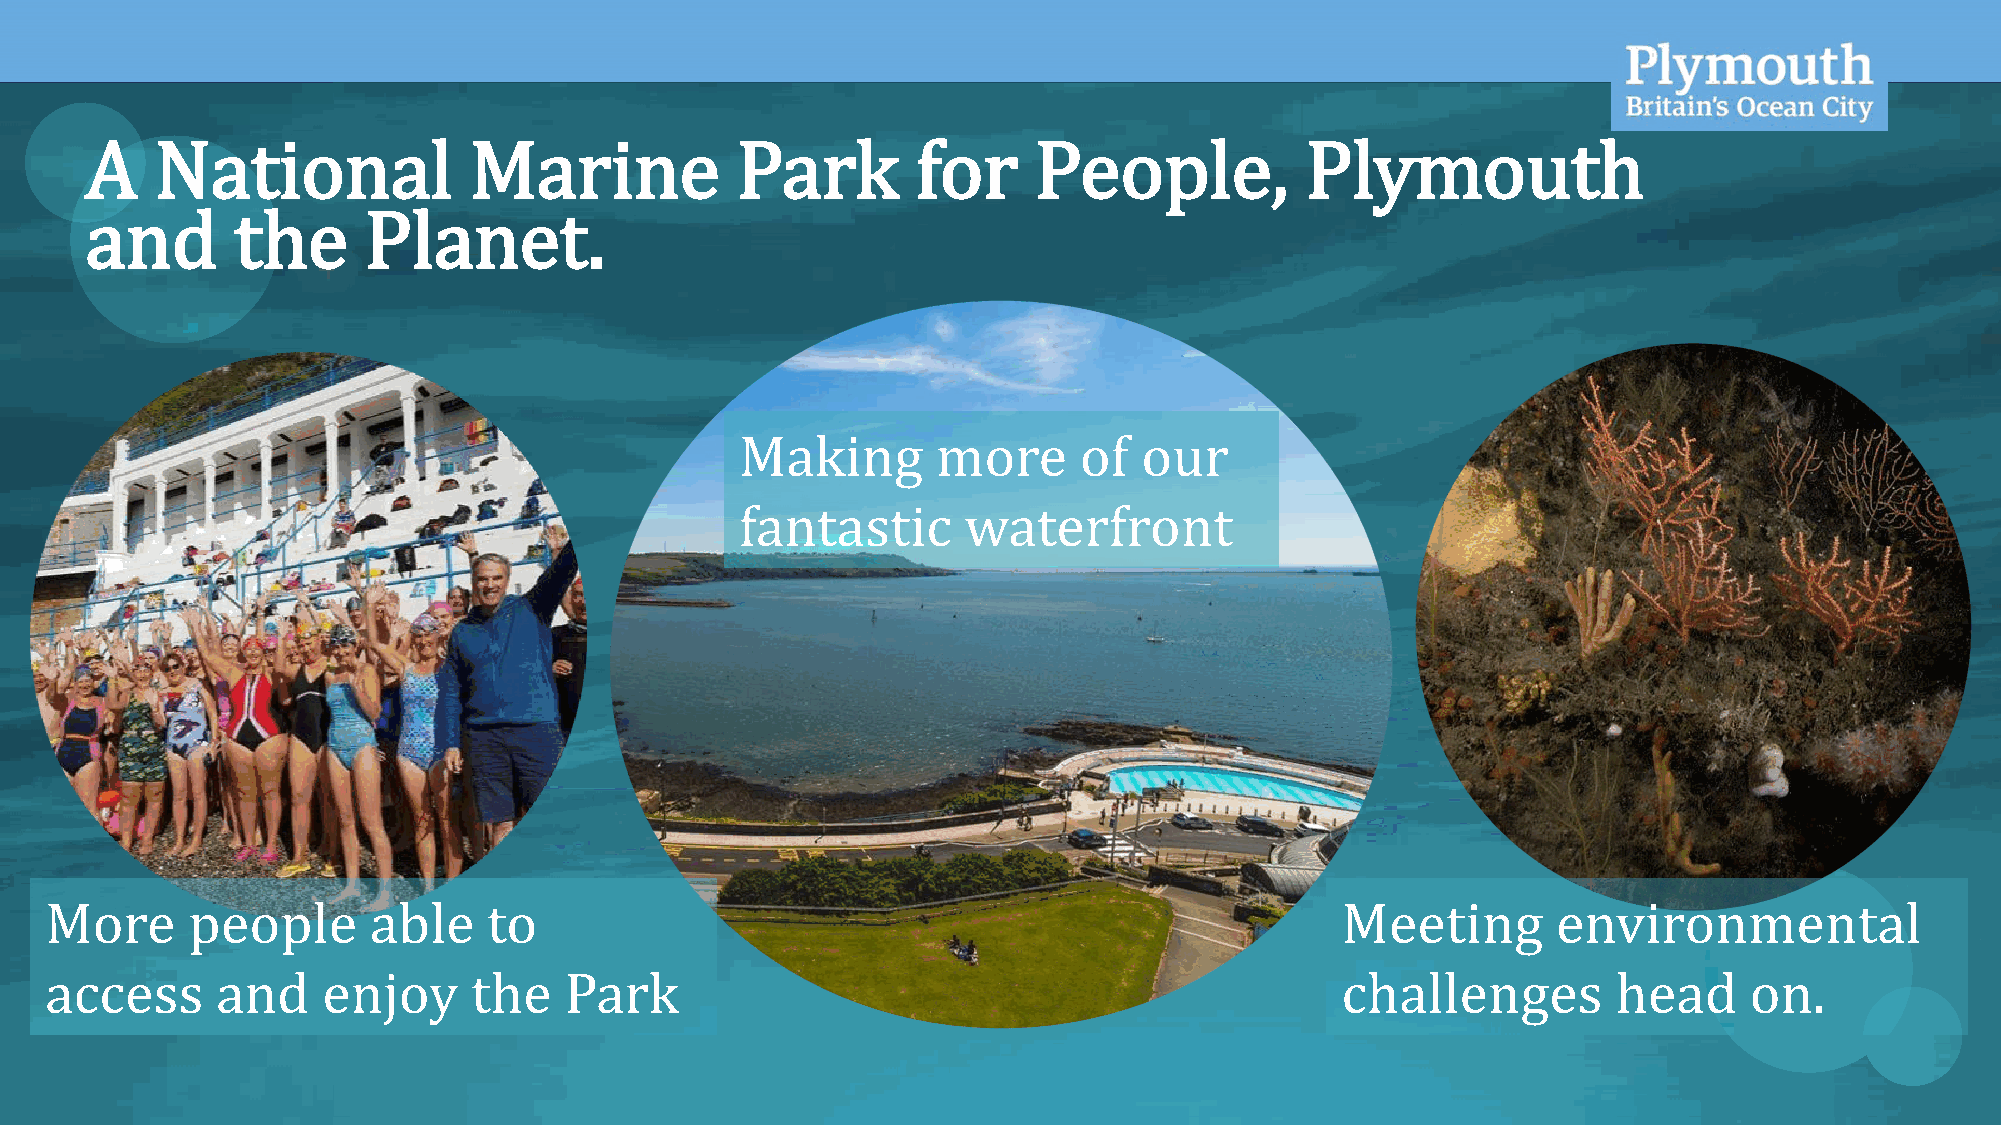
OFFICIAL
 A   National             Marine            Park        for    People,           Plymouth
 and      the      Planet.
 Making       more     of   our
 fantastic      waterfront
 More     people      able    to                                                       Meeting       environmental
 access     and    enjoy     the   Park                                                challenges        head     on.